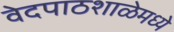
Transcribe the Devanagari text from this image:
वेदपाठशाळेमध्ये